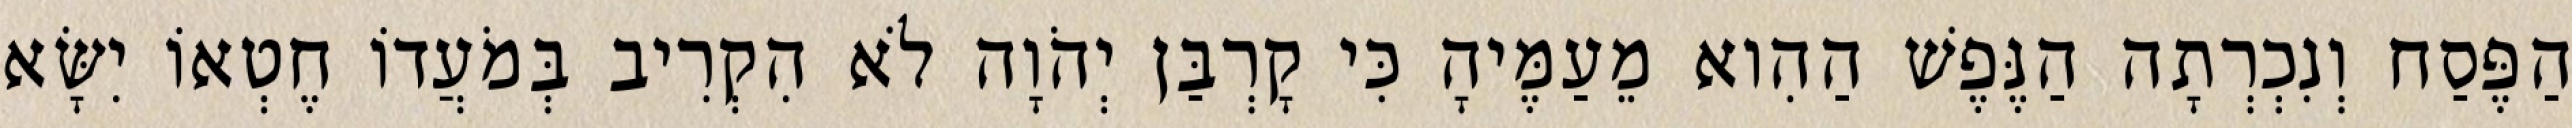
הַפֶּסַח וְנִכְרְתָה הַנֶּפֶשׁ הַהִוא מֵעַמֶּיהָ כִּי קָרְבַּן יְהֹוָה לֹא הִקְרִיב בְּמֹעֲדוֹ חֶטְאוֹ יִשָּׂא